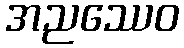
အညဿေဝ